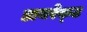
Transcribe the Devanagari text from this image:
डायरेक्‍ट